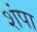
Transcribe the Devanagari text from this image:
शंपा